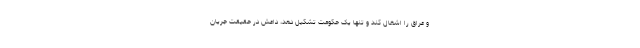
و عراق را اشغال کند و تنها یک حکومت تشکیل دهد، داعش در حقیقت جریان